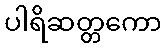
ပါရိဆတ္တကော